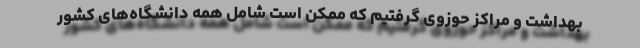
بهداشت و مراکز حوزوی گرفتیم که ممکن است شامل همه دانشگاه‌های کشور